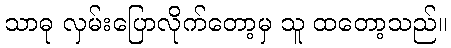
သာဓု လှမ်းပြောလိုက်တော့မှ သူ ထတော့သည်။